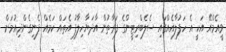
ވީއެމްއޭ އަކީ އެ ހަފުލާއެއްގައި ސެލެބްރިޓީންގެ ފަރާތުން އާދަޔާހިލާފު އެތައް ކަމެއް ފެނިގެންދިއުމަށް